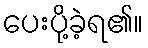
ပေးပို့ခဲ့ရ၏။